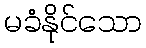
မခံနိုင်သော